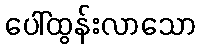
ပေါ်ထွန်းလာသော